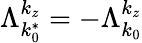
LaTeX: \Lambda_{k_{0}^{*}}^{k_{z}}=-\Lambda_{k_{0}}^{k_{z}}